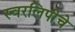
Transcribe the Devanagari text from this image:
स्वरलिपीचे